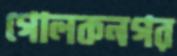
গোলকনগর